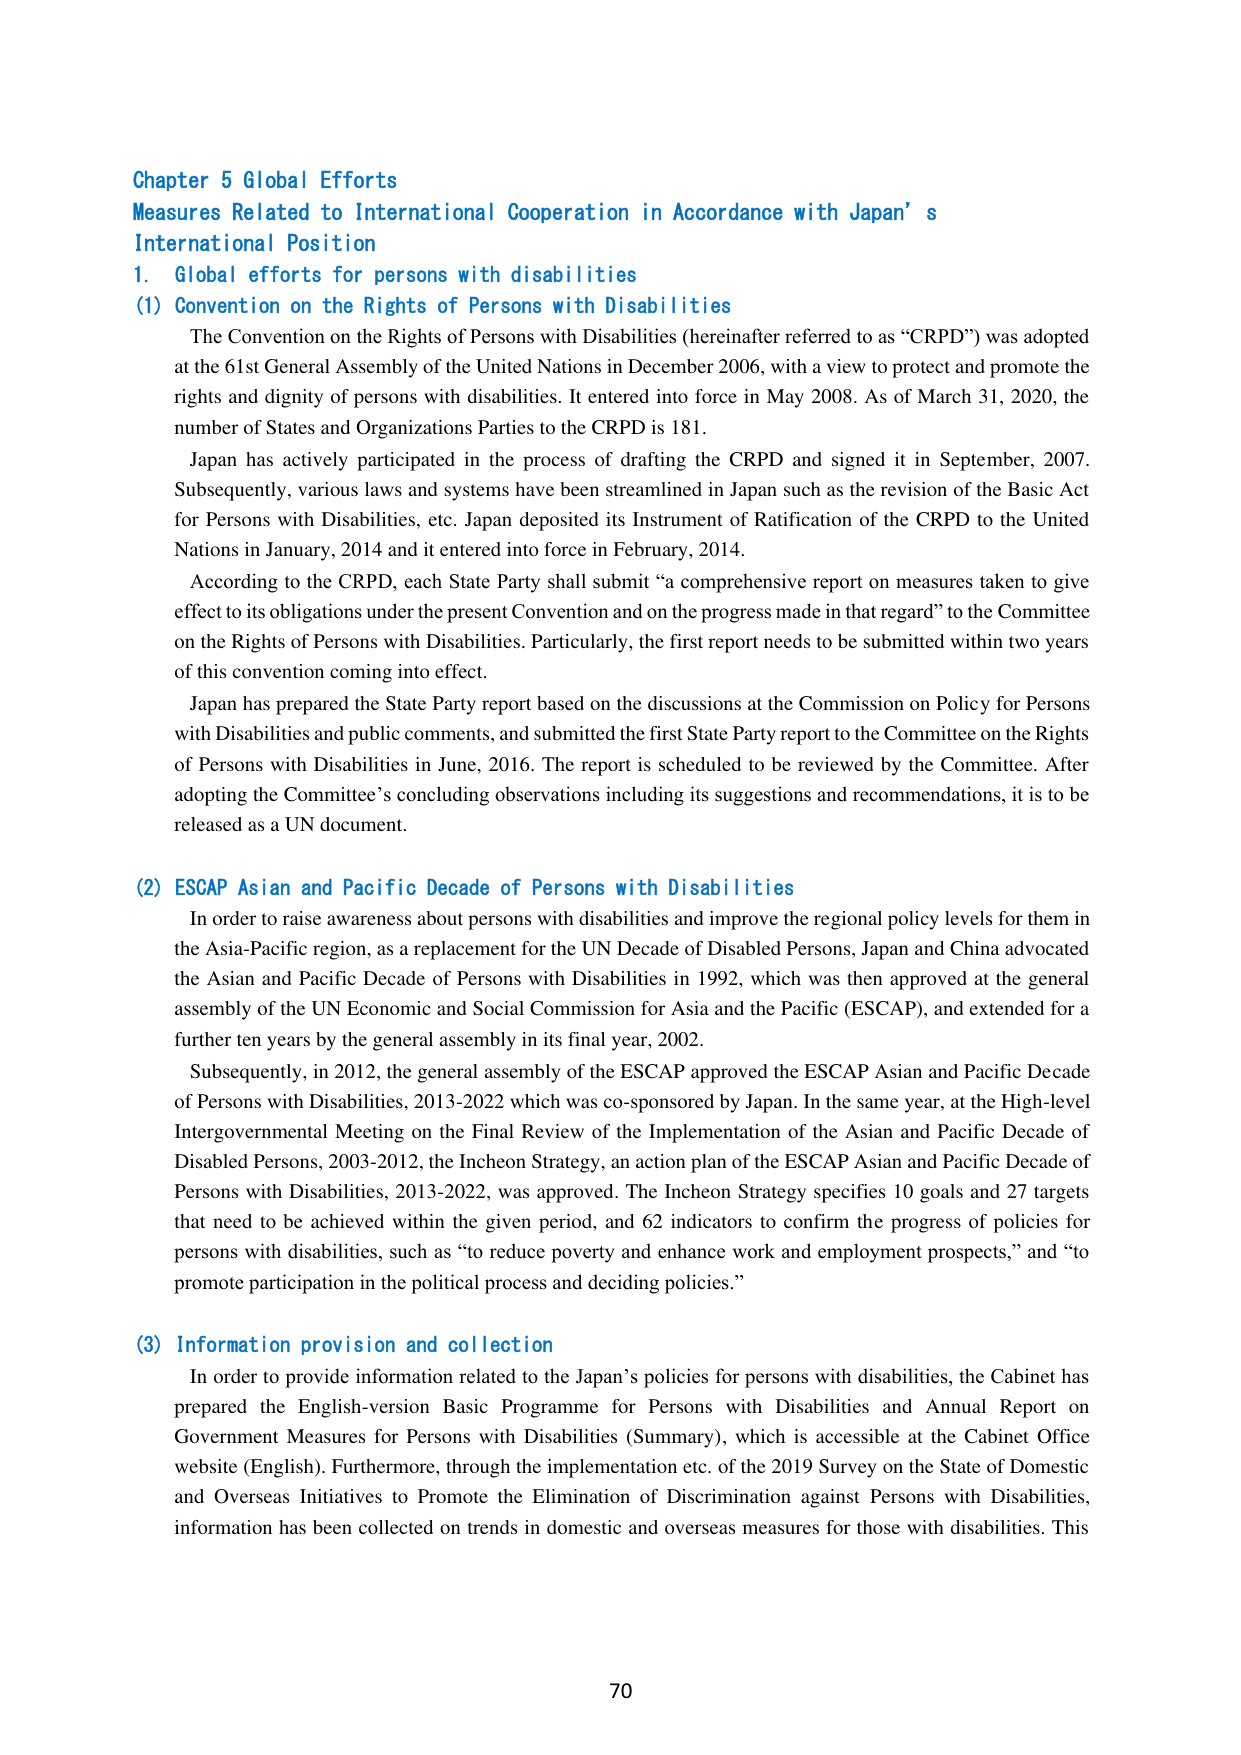
Chapter 5 Global Efforts
Measures Related to International Cooperation in Accordance with Japan’s International Position
1. Global efforts for persons with disabilities
(1) Convention on the Rights of Persons with Disabilities
The Convention on the Rights of Persons with Disabilities (hereinafter referred to as “CRPD”) was adopted at the 61st General Assembly of the United Nations in December 2006, with a view to protect and promote the rights and dignity of persons with disabilities. It entered into force in May 2008. As of March 31, 2020, the number of States and Organizations Parties to the CRPD is 181.
Japan has actively participated in the process of drafting the CRPD and signed it in September, 2007. Subsequently, various laws and systems have been streamlined in Japan such as the revision of the Basic Act for Persons with Disabilities, etc. Japan deposited its Instrument of Ratification of the CRPD to the United Nations in January, 2014 and it entered into force in February, 2014.
According to the CRPD, each State Party shall submit “a comprehensive report on measures taken to give effect to its obligations under the present Convention and on the progress made in that regard” to the Committee on the Rights of Persons with Disabilities. Particularly, the first report needs to be submitted within two years of this convention coming into effect.
Japan has prepared the State Party report based on the discussions at the Commission on Policy for Persons with Disabilities and public comments, and submitted the first State Party report to the Committee on the Rights of Persons with Disabilities in June, 2016. The report is scheduled to be reviewed by the Committee. After adopting the Committee’s concluding observations including its suggestions and recommendations, it is to be released as a UN document.
(2) ESCAP Asian and Pacific Decade of Persons with Disabilities
In order to raise awareness about persons with disabilities and improve the regional policy levels for them in the Asia-Pacific region, as a replacement for the UN Decade of Disabled Persons, Japan and China advocated the Asian and Pacific Decade of Persons with Disabilities in 1992, which was then approved at the general assembly of the UN Economic and Social Commission for Asia and the Pacific (ESCAP), and extended for a further ten years by the general assembly in its final year, 2002.
Subsequently, in 2012, the general assembly of the ESCAP approved the ESCAP Asian and Pacific Decade of Persons with Disabilities, 2013-2022 which was co-sponsored by Japan. In the same year, at the High-level Intergovernmental Meeting on the Final Review of the Implementation of the Asian and Pacific Decade of Disabled Persons, 2003-2012, the Incheon Strategy, an action plan of the ESCAP Asian and Pacific Decade of Persons with Disabilities, 2013-2022, was approved. The Incheon Strategy specifies 10 goals and 27 targets that need to be achieved within the given period, and 62 indicators to confirm the progress of policies for persons with disabilities, such as “to reduce poverty and enhance work and employment prospects,” and “to promote participation in the political process and deciding policies.”
(3) Information provision and collection
In order to provide information related to the Japan’s policies for persons with disabilities, the Cabinet has prepared the English-version Basic Programme for Persons with Disabilities and Annual Report on Government Measures for Persons with Disabilities (Summary), which is accessible at the Cabinet Office website (English). Furthermore, through the implementation etc. of the 2019 Survey on the State of Domestic and Overseas Initiatives to Promote the Elimination of Discrimination against Persons with Disabilities, information has been collected on trends in domestic and overseas measures for those with disabilities. This
70